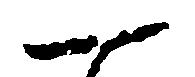
一